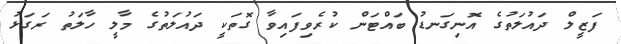
ފަޒީލް ދައުލަތުގެ އޮނިގަނޑު ބައްޓަން ކުރެވިފައިވާ ގޮތަކީ ދައުލަތުގެ މާލީ ހާލަތު ރަގަޅު